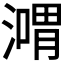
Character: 𣽴